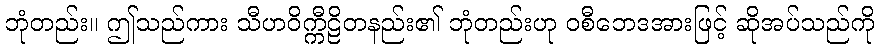
ဘုံတည်း။ ဤသည်ကား သီဟဝိက္ကီဠိတနည်း၏ ဘုံတည်းဟု ဝစီဘေဒအားဖြင့် ဆိုအပ်သည်ကို